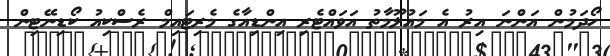
ހޯދަމުން އަންނަ އިރު އެ މައުލޫމާތު އަވައްޓެރި އިންޑިއާގެ މެރިޓައިމް ރެސްކިއު ކޯޑިނޭޓިން